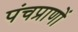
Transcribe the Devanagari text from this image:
पंचप्राणों